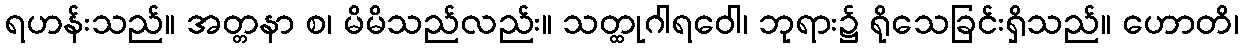
ရဟန်းသည်။ အတ္တနာ စ၊ မိမိသည်လည်း။ သတ္ထုဂါရဝေါ၊ ဘုရား၌ ရိုသေခြင်းရှိသည်။ ဟောတိ၊